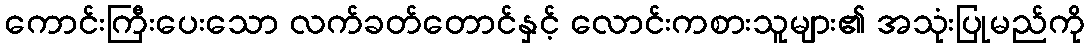
ကောင်းကြီးပေးသော လက်ခတ်တောင်နှင့် လောင်းကစားသူများ၏ အသုံးပြုမည်ကို